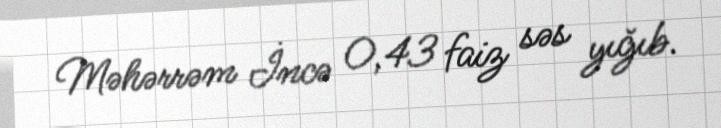
Məhərrəm İncə 0,43 faiz səs yığıb.